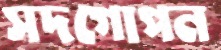
সদগোপন